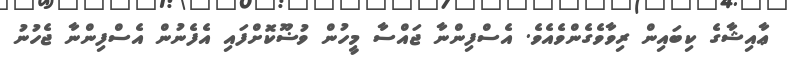
ޢާއިޝާގެ ކިބައިން ރިވާވެގެންވެއެވެ. އެސްފިންނާ ޖައްސާ މީހުން ވުޟޫކޮށްފައި އެފެނުން އެސްފިންނާ ޖެހުނު